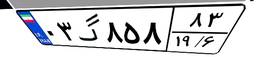
۰۳گ۸۵۸۸۳